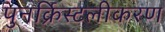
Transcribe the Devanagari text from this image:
पुनर्क्रिस्टलीकरण